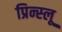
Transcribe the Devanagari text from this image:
प्रिन्स्लू